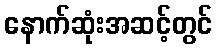
နောက်ဆုံးအဆင့်တွင်